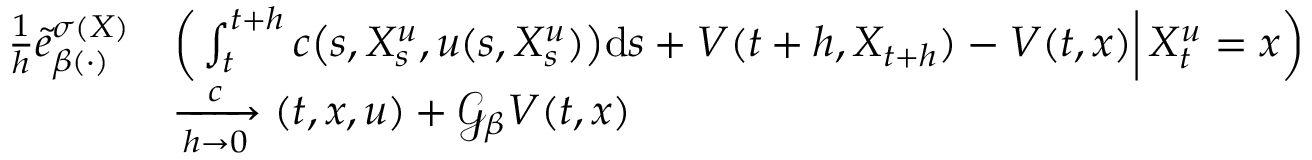
\begin{array} { r l } { \frac { 1 } { h } \tilde { e } _ { \beta ( \cdot ) } ^ { \sigma ( X ) } } & { \left( \left. \int _ { t } ^ { t + h } c \bigl ( s , X _ { s } ^ { u } , u ( s , X _ { s } ^ { u } ) \bigr ) \mathrm { d } s + V ( t + h , X _ { t + h } ) - V ( t , x ) \right| X _ { t } ^ { u } = x \right) } \\ & { \xrightarrow [ h \to 0 ] c ( t , x , u ) + \mathcal { G } _ { \beta } V ( t , x ) } \end{array}